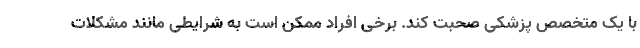
با یک متخصص پزشکی صحبت کند. برخی افراد ممکن است به شرایطی مانند مشکلات